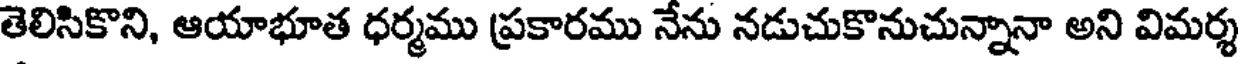
తెలిసికొని, ఆయాభూత ధర్మము ప్రకారము నేను నడుచుకొనుచున్నానా అని విమర్శ